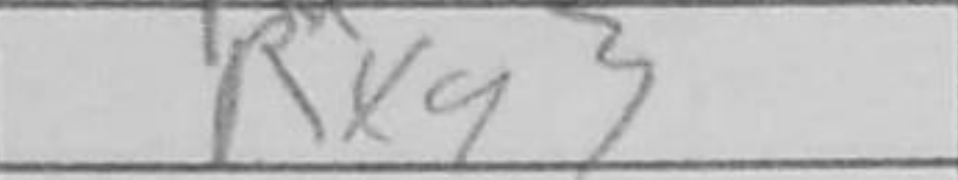
Transcription: Rxg3